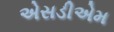
એસડીએમ